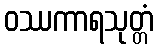
ဝဿကာရသုတ္တံ